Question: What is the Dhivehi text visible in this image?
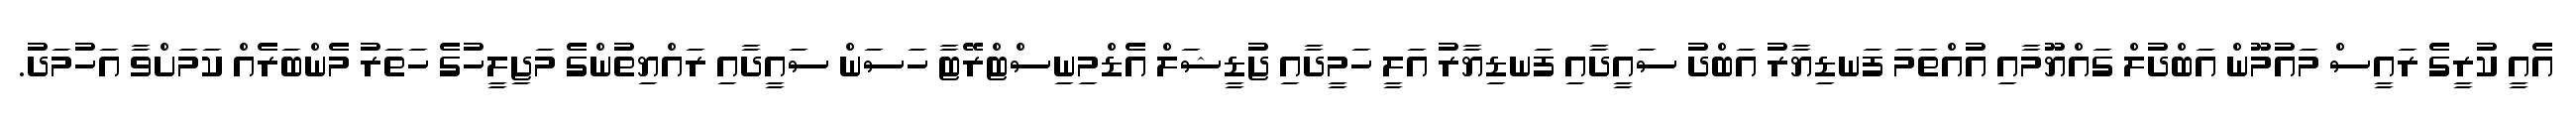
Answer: އެއީ ކުރީގެ ރައީސް މައުމޫން އަބްދުލް ގައްޔޫމާއި އުއްތަމަ ފަނޑިޔާރު އަބްދު ސައީދާއި ފަނޑިޔާރު އަލީ ހަމީދާއި ޖުޑީޝަލް އެޑްމިނިސްޓްރޭޓާ ހަސަން ސައީދާއި ރައްޔިތުންގެ މަޖިލީހުގެ ހަތަރު މެންބަރެއް ކަމަށްވާ އަހުމަދު.